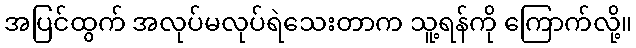
အပြင်ထွက် အလုပ်မလုပ်ရဲသေးတာက သူ့ရန်ကို ကြောက်လို့။